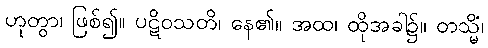
ဟုတွာ၊ ဖြစ်၍။ ပဋိဝသတိ၊ နေ၏။ အထ၊ ထိုအခါ၌။ တသ္မိံ၊